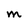
Character: M